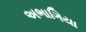
અભાગિયા